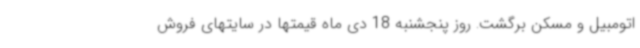
اتومبیل و مسکن برگشت. روز پنجشنبه 18 دی ماه قیمتها در سایتهای فروش